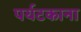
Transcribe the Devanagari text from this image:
पर्यटकाना